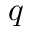
q